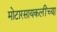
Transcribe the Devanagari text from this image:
मोटारसायकलींच्या